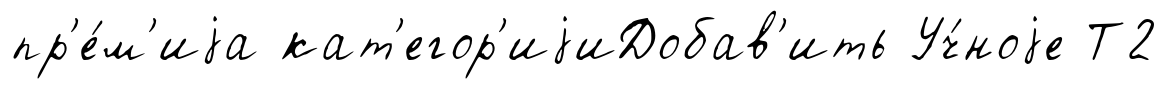
пр'е́м'иjа кат'егор'иjиДобав'ить Уч́ноjе Т2